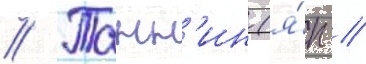
// Танн'ин (я́п //